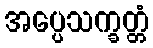
အပ္ပေသက္ခတ္တံ